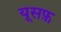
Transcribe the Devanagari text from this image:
यूसफ़